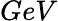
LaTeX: GeV